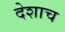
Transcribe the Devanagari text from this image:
देशाच